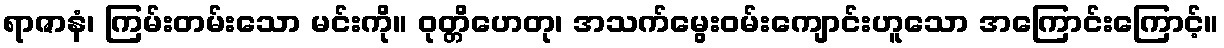
ရာဇာနံ၊ ကြမ်းတမ်းသော မင်းကို။ ဝုတ္တိဟေတု၊ အသက်မွေးဝမ်းကျောင်းဟူသော အကြောင်းကြောင့်။